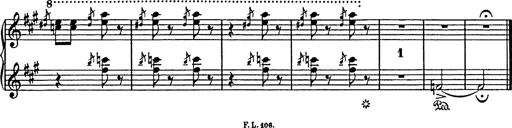
Title: Mephisto Polka
Composer: Franz Liszt